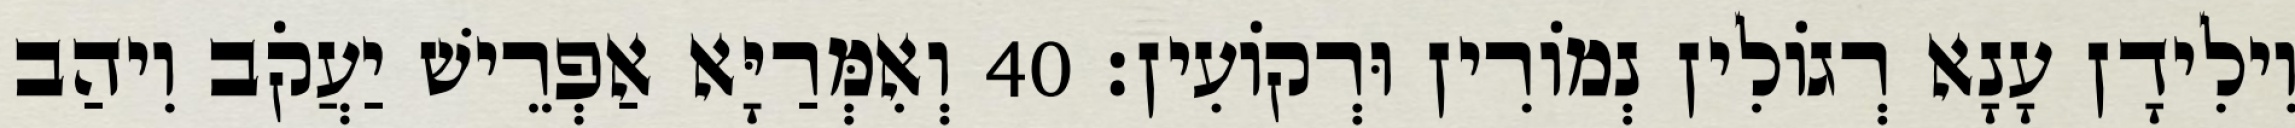
וִילִידָן עָנָא רְגוֹלִין נְמוֹרִין וּרְקוֹעִין׃ 40 וְאִמְּרַיָּא אַפְרֵישׁ יַעֲקֹב וִיהַב